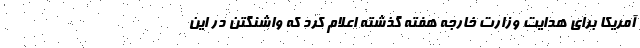
آمریکا برای هدایت وزارت خارجه هفته گذشته اعلام کرد که واشنگتن در این